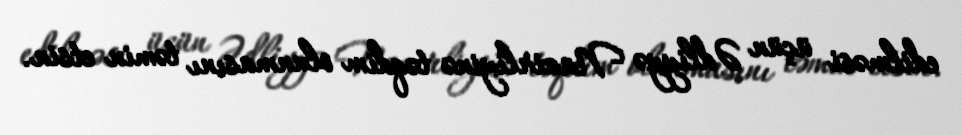
edilməsi üçün Ədliyyə Nazirliyinə təqdim olunmasını təmin etsin.